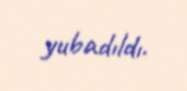
yubadıldı.